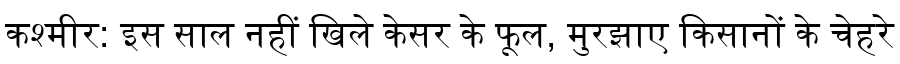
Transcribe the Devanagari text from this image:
कश्मीर: इस साल नहीं खिले केसर के फूल, मुरझाए किसानों के चेहरे